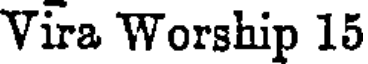
Vira Worship 15